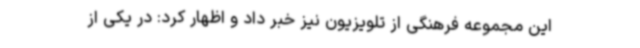
این مجموعه فرهنگی از تلویزیون نیز خبر داد و اظهار کرد: در یکی از